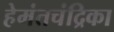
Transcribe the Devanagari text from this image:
हेमंतचंद्रिका